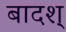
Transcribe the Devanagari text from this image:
बादश्